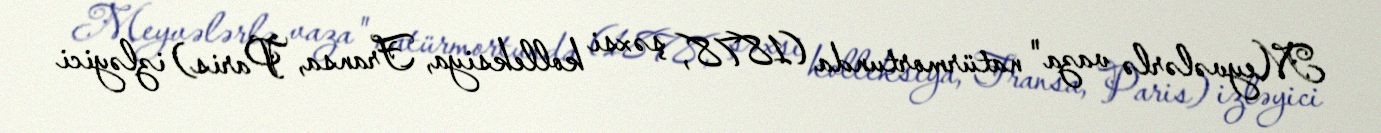
Meyvələrlə vaza" natürmortunda (1878, şəxsi kolleksiya, Fransa, Paris) izləyici